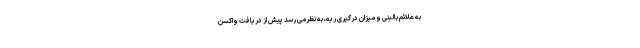
به علائم بالینی و میزان درگیری ریه، به نظرمی رسد پیش از دریافت واکسن